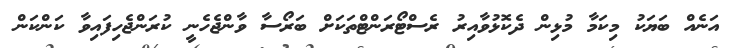
އަނެއް ބަޔަކު މިކަމާ މުޅިން ދެކޮޅުވާއިރު ރެސްޓޯރަންޓްތަކަށް ބަރޯސާ ވާންޖެހެނީ ކުރަންޖެހިފައިވާ ކަންކަން